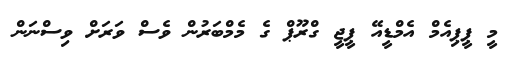
މީ ޕީޕިއެމް އެމްޑީއޭ ޕީޖީ ގްރޫޕް ގެ މެމްބަރުން ވެސް ވަރަށް ވިސްނަން